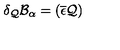
\delta _ { \mathcal { Q } } \mathcal { B } _ { \alpha } = ( \overline { { \epsilon } } \mathcal { Q } )